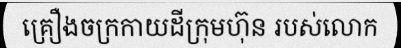
គ្រឿងចក្រកាយដីក្រុមហ៊ុន របស់លោក